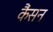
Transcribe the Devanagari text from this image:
कैंसन